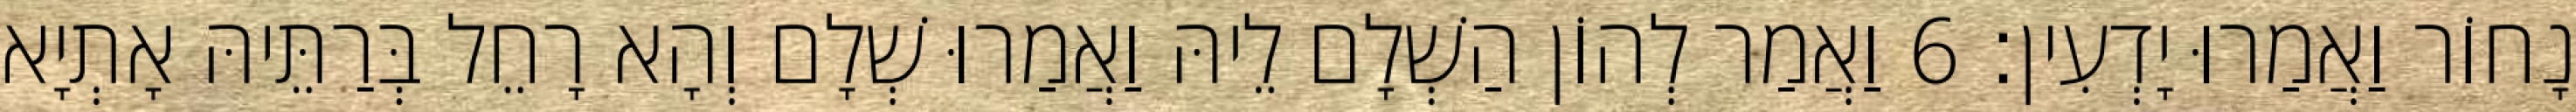
נָחוֹר וַאֲמַרוּ יָדְעִין׃ 6 וַאֲמַר לְהוֹן הַשְׁלָם לֵיהּ וַאֲמַרוּ שְׁלָם וְהָא רָחֵל בְּרַתֵּיהּ אָתְיָא